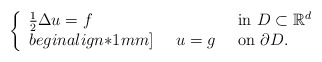
\begin{align*} \left\{\begin{array}{ll} \frac{1}{2}\Delta u=f &\,\textrm{ in } D\subset \mathbb{R}^d\\begin{align*}1mm]\phantom{\frac{1}{2}\Delta}u=g &\,\textrm{ on }\partial D.\end{array}\right.\end{align*}